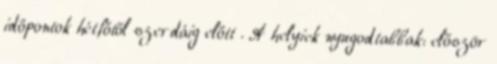
időpontok hétfőtől szerdáig előtt . A helyiek nyugodtabbak: először